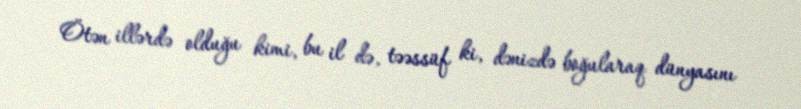
Ötən illərdə olduğu kimi, bu il də, təəssüf ki, dənizdə boğularaq dünyasını